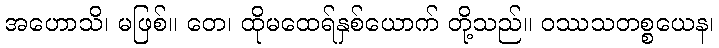
အဟောသိ၊ မဖြစ်။ တေ၊ ထိုမထေရ်နှစ်ယောက် တို့သည်။ ဝဿသတစ္စယေန၊